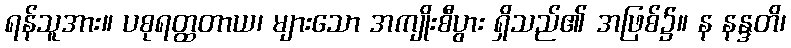
ရန်သူအား။ ပစုရတ္ထတာယ၊ များသော အကျိုးစီပွား ရှိသည်၏ အဖြစ်၌။ န နန္ဒတိ၊